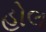
હોલ